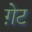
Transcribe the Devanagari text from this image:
ग़ेट